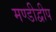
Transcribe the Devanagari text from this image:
मण्डीद्वीप